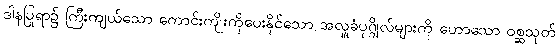
ဒါနပြုရာ၌ ကြီးကျယ်သော ကောင်းကျိုးကိုပေးနိုင်သော အလှူခံပုဂ္ဂိုလ်များကို ဟောသော ဝစ္ဆသုတ်